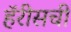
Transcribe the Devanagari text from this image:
हॅरीसची